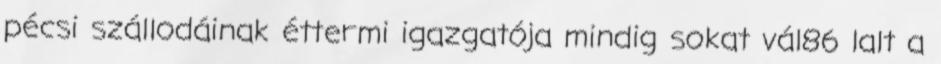
pécsi szállodáinak éttermi igazgatója mindig sokat vál86 lalt a